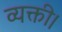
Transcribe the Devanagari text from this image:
व्यक्ती।